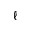
\ell